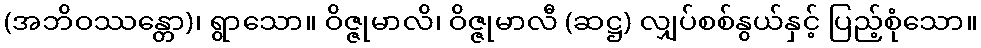
(အဘိဝဿန္တော)၊ ရွာသော။ ဝိဇ္ဇုမာလိ၊ ဝိဇ္ဇုမာလီ (ဆဋ္ဌ) လျှပ်စစ်နွယ်နှင့် ပြည့်စုံသော။